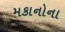
મકાનોના